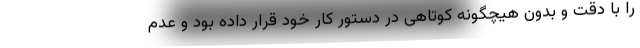
را با دقت و بدون هیچگونه کوتاهی در دستور کار خود قرار داده بود و عدم